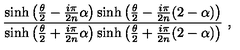
{ \frac { \sinh \left( { \frac { \theta } { 2 } } - { \frac { i \pi } { 2 n } } \alpha \right) \sinh \left( { \frac { \theta } { 2 } } - { \frac { i \pi } { 2 n } } ( 2 - \alpha ) \right) } { \sinh \left( { \frac { \theta } { 2 } } + { \frac { i \pi } { 2 n } } \alpha \right) \sinh \left( { \frac { \theta } { 2 } } + { \frac { i \pi } { 2 n } } ( 2 - \alpha ) \right) } } \ ,